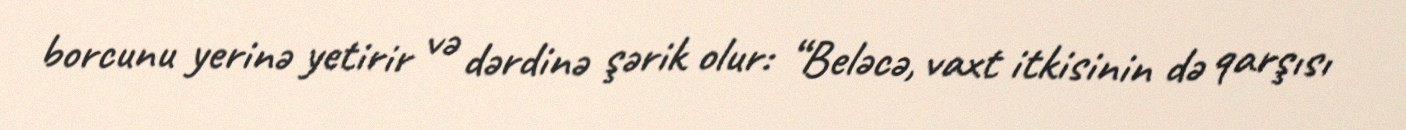
borcunu yerinə yetirir və dərdinə şərik olur: “Beləcə, vaxt itkisinin də qarşısı